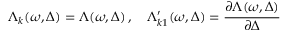
\Lambda _ { k } ( \omega , \Delta ) = \Lambda ( \omega , \Delta ) \, , \quad \Lambda _ { k 1 } ^ { \prime } ( \omega , \Delta ) = \frac { \partial \Lambda ( \omega , \Delta ) } { \partial \Delta }